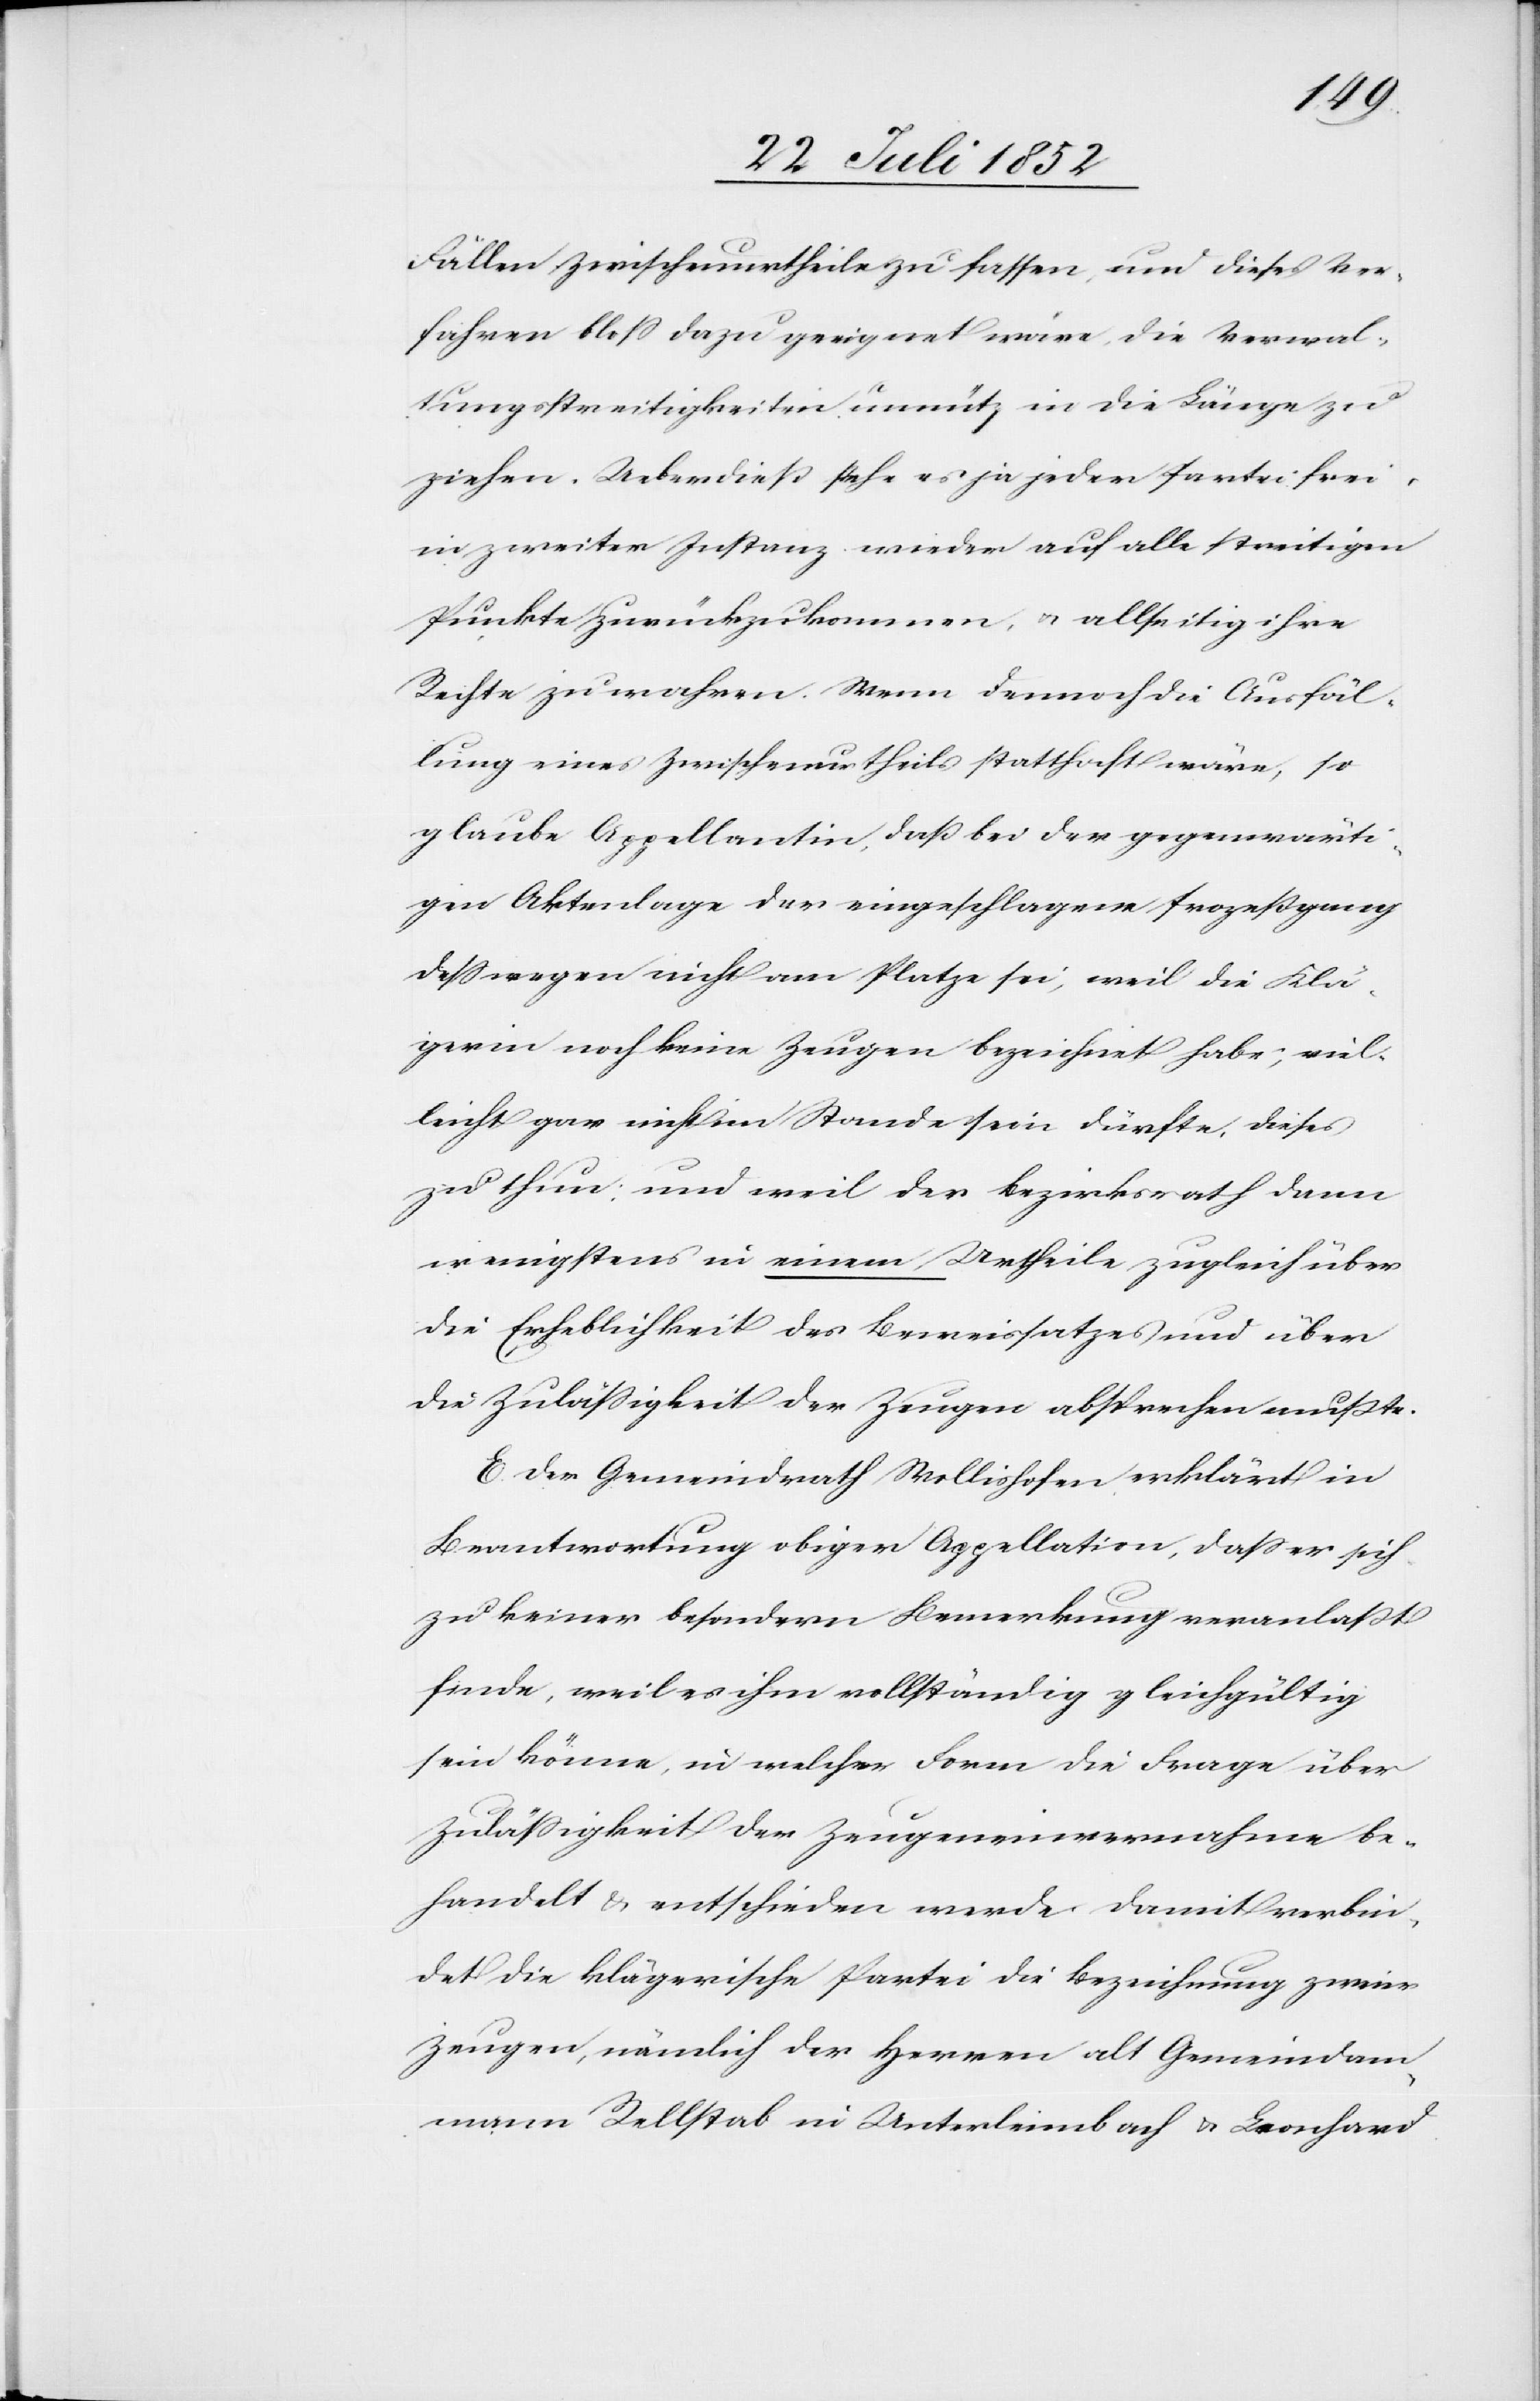
Fällen Zwischenurtheile zu fassen, und dieses Ver¬
fahren bloss dazu geeignet wäre, die Verwal¬
tungsstreitigkeiten unnütz in die Länge zu
ziehen. Ueberdieß stehe es ja jeder Partei frei,
in zweiter Instanz wieder auf alle streitigen
Punkte zurückzukommen, & allseitig ihre
Rechte zu wahren. Wenn dennoch die Ausfäl¬
lung eines Zwischenurtheils statthaft wäre, so
glaube Appellantin, daß bei der gegenwärti¬
gen Aktenlage der eingeschlagene Prozeßgang
desswegen nicht am Platze sei, weil die Klä¬
gerin noch keine Zeugen bezeichnet habe; viel¬
leicht gar nicht im Stande sein dürfte, dieses
zu thun; und weil der Bezirksrath dann
wenigstens in einem Urtheile zugleich über
die Erheblichkeit des Beweissatzes und über
die Zulässigkeit der Zeugen absprechen mußte.
E. Der Gemeindrath Wollishofen erklärt in
Beantwortung obiger Appellation, dass er sich
zu keiner besondern Bemerkung veranlaßt
finde, weil es ihm vollständig gleichgültig
sein könne, in welcher Form die Frage über
Zulässigkeit der Zeugeneinvernahme be¬
handelt & entschieden werde. Damit verbin¬
det die klägerische Partei die Bezeichnung zweier
Zeugen, nämlich der Herren alt Gemeindam¬
mann Rellstab in Unterleimbach & Leonhard